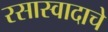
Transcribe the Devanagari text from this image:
रसास्वादाचे